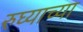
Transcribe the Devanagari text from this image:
रुघ्याच्या